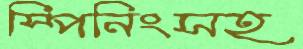
স্পিনিংসহ